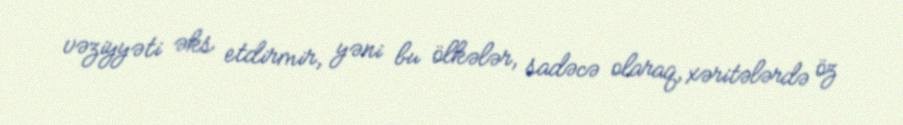
vəziyyəti əks etdirmir, yəni bu ölkələr, sadəcə olaraq, xəritələrdə öz